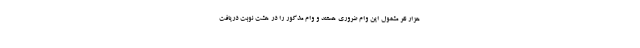
هزار نفر مشمول این وام ضروری هستند و وام مذکور را در هشت نوبت دریافت